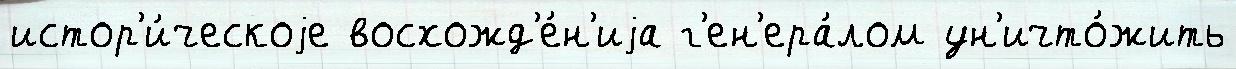
истор'и́ческоjе восхожд'е́н'иjа г'ен'ера́лом ун'ичто́жить